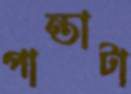
পান্তাটা